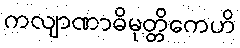
ကလျာဏာဓိမုတ္တိကေဟိ